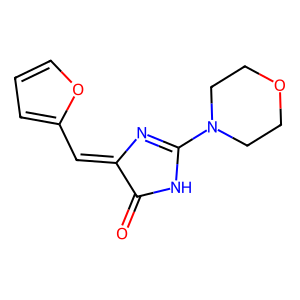
SMILES: O=C1NC(N2CCOCC2)=NC1=Cc1ccco1
Inhibits HIV replication: No